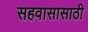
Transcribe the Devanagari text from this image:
सहवासासाठी